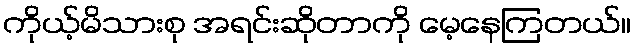
ကိုယ့်မိသားစု အရင်းဆိုတာကို မေ့နေကြတယ်။